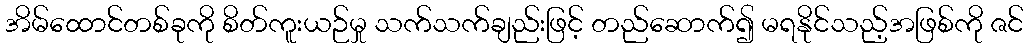
အိမ်ထောင်တစ်ခုကို စိတ်ကူးယဉ်မှု သက်သက်ချည်းဖြင့် တည်ဆောက်၍ မရနိုင်သည့်အဖြစ်ကို ဇင်